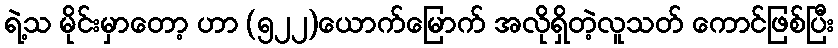
ရဲ့သ မိုင်းမှာတော့ ဟာ (၅၂၂)ယောက်မြောက် အလိုရှိတဲ့လူသတ် ကောင်ဖြစ်ပြီး